Lunatic asylums Madras 1877-1891 - 1877-1891
Year: 1877
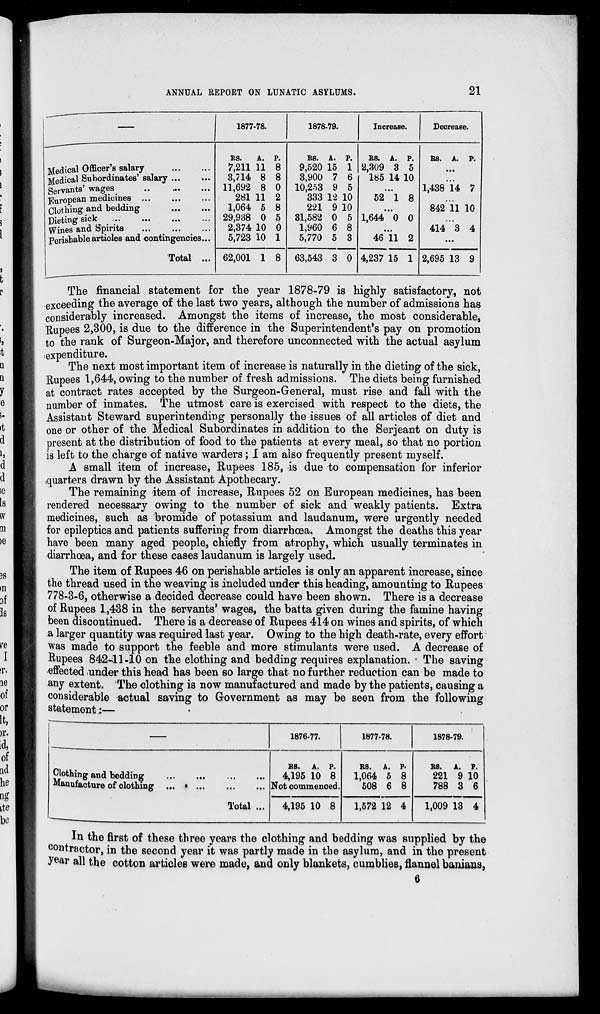
ANNUAL REPORT ON LUNATIC ASYLUMS.
21
—
Medical Officer's salary
...
...
Medical Subordinates' salary ... ...
Servants' wages ... ... ...
European medicines
...
...
...
Clothing and bedding ... ...
Dieting sick ... ... ... ...
Wines and Spirits ... ... ...
perishable articles and contingencies...
Total ...
1877-78.
RS.
7,211
3,714
11,692
281
1,064
29,938
2,374
5,723
62,001
A.
11
8
8
11
5
0
10
10
1
P.
8
8
0
2
8
5
0
1
8
1878-79.
RS.
9,520
3,900
10,253
333
221
31,582
1,960
5,770
63,543
A.
15
7
9
12
9
0
6
5
3
P.
1
6
5
10
10
5
8
3
0
Increase.
RS.
2,309
185
A.
3
14
P.
5
10
...
52 1 8
...
1,644 0 0
...
46
4,237
11
15
2
1
Decrease.
RS. A. P.
...
...
1,438 14 7
...
842 11 10
...
414 3 4
...
2,695 13 9
The financial statement for the year 1878-79 is highly satisfactory, not
exceeding the average of the last two years, although the number of admissions has
considerably increased. Amongst the items of increase, the most considerable,
Rupees 2,300, is due to the difference in the Superintendent's pay on promotion
to the rank of Surgeon-Major, and therefore unconnected with the actual asylum
expenditure.
The next most important item of increase is naturally in the dieting of the sick,
Rupees 1,644, owing to the number of fresh admissions. The diets being furnished
at contract rates accepted by the Surgeon-General, must rise and fall with the
number of inmates. The utmost care is exercised with respect to the diets, the
Assistant Steward superintending personally the issues of all articles of diet and
one or other of the Medical Subordinates in addition to the Serjeant on duty is
present at the distribution of food to the patients at every meal, so that no portion
is left to the charge of native warders; I am also frequently present myself.
A small item of increase, Rupees 185, is due to compensation for inferior
quarters drawn by the Assistant Apothecary.
The remaining item of increase, Rupees 52 on European medicines, has been
rendered necessary owing to the number of sick and weakly patients. Extra
medicines, such as bromide of potassium and laudanum, were urgently needed
for epileptics and patients suffering from diarrhœa. Amongst the deaths this year
have been many aged people, chiefly from atrophy, which usually terminates in
diarrhœa, and for these cases laudanum is largely used.
The item of Rupees 46 on perishable articles is only an apparent increase, since
the thread used in the weaving is included under this heading, amounting to Rupees
778-3-6, otherwise a decided decrease could have been shown. There is a decrease
of Rupees 1,438 in the servants' wages, the batta given during the famine having
been discontinued. There is a decrease of Rupees 414 on wines and spirits, of which
a larger quantity was required last year. Owing to the high death-rate, every effort
was made to support the feeble and more stimulants were used. A decrease of
Rupees 842-11-10 on the clothing and bedding requires explanation. The saving
effected under this head has been so large that no further reduction can be made to
any extent. The clothing is now manufactured and made by the patients, causing a
considerable actual saving to Government as may be seen from the following
statement:—
—
Clothing and bedding
Manufacture of clothing
Total ...
1876-77.
Rs.
4,195
A.
10
P.
8
Not commenced.
4,195 10 8
1877-78.
RS.
1,064
508
1,572
A.
5
6
12
P.
8
8
4
1878-79.
RS.
221
788
1,009
A.
9
3
13
P.
10
6
4
In the first of these three years the clothing and bedding was supplied by the
contractor, in the second year it was partly made in the asylum, and in the present
year all the cotton articles were made, and only blankets, cumblies, flannel banians,
6